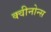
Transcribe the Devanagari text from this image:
क्वीनोन्स